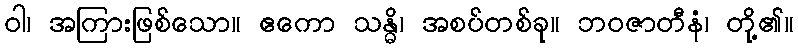
ဝါ၊ အကြားဖြစ်သော။ ဧကော သန္ဓိ၊ အစပ်တစ်ခု။ ဘဝဇာတီနံ၊ တို့၏။